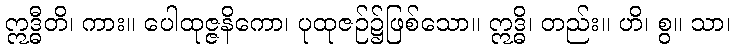
ဣဒ္ဓီတိ၊ ကား။ ပေါထုဇ္ဇနိကော၊ ပုထုဇဉ်၌ဖြစ်သော။ ဣဒ္ဓိ၊ တည်း။ ဟိ၊ စွ။ သာ၊